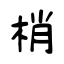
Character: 梢